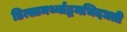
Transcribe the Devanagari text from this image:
डित्सामर्थ्याद्भमभिदधती